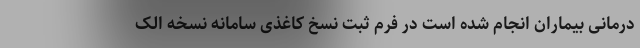
درمانی بیماران انجام شده است در فرم ثبت نسخ کاغذی سامانه نسخه الک